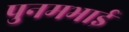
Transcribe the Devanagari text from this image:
पुनमभाई